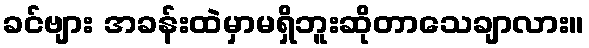
ခင်ဗျား အခန်းထဲမှာမရှိဘူးဆိုတာသေချာလား။